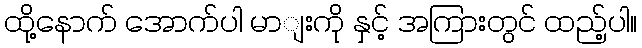
ထို့နောက် အောက်ပါ မာျးကို နှင့် အကြားတွင် ထည့်ပါ။